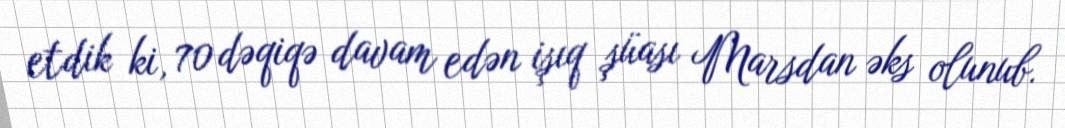
etdik ki, 70 dəqiqə davam edən işıq şüası Marsdan əks olunub.